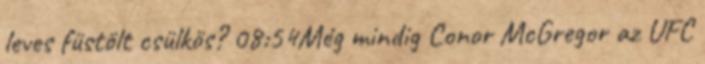
leves füstölt csülkös? 08:54Még mindig Conor McGregor az UFC